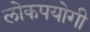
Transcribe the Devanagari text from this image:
लोकपयोगी